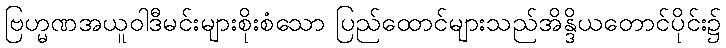
ဗြဟ္မဏအယူဝါဒီမင်းများစိုးစံသော ပြည်ထောင်များသည်အိန္ဒိယတောင်ပိုင်း၌